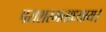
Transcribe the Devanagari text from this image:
पराशरमताध्याय।